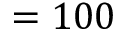
= 1 0 0